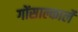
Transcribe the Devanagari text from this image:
गोंसाल्कार्ले